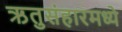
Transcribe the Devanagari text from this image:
ऋतुसंहारमध्ये